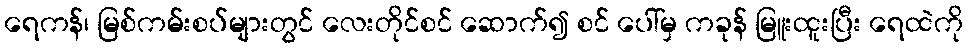
ရေကန်၊ မြစ်ကမ်းစပ်များတွင် လေးတိုင်စင် ဆောက်၍ စင် ပေါ်မှ ကခုန် မြူးထူးပြီး ရေထဲကို